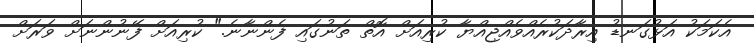
އެކަމަކު އަޅުގަނޑު އިރާދަކުރެއްވެއްޖިއްްޔާ ކުރިއަށް އޮތް ތަނުގައި ފެންނާނެ." ކުރިއަށް ފޭނުންނަށް ވަރަށް